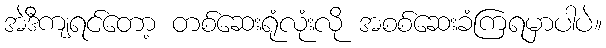
အဲဒီကျရင်တော့ တစ်ဆေးရုံလုံးလို အစစ်ဆေးခံကြရမှာပါပဲ။